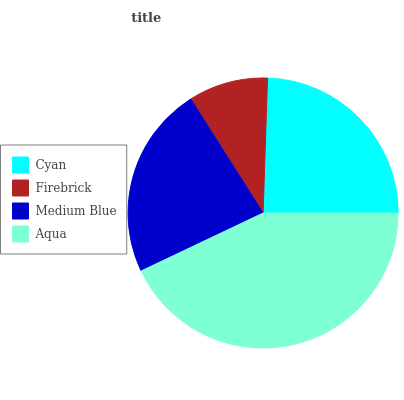
| Cyan | Firebrick | Medium Blue | Aqua |
 | --- | --- | --- | --- |
 | 24.5% | 9.51% | 23.1% | 42.9% |